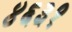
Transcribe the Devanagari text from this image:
४६३१